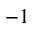
- 1